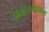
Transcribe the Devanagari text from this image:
लिओंटोपोलिस